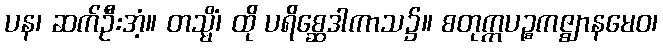
ပန၊ ဆက်ဦးအံ့။ တသ္မိံ၊ ထို ပရိစ္ဆေဒါကာသ၌။ စတုက္ကပဉ္စကဇ္ဈာနမေဝ၊